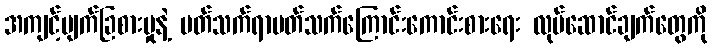
အကျင့်ပျက်ခြစားမှုနဲ့ ပတ်သက်ရာပတ်သက်ကြောင်းကောင်းစားရေး လုပ်ဆောင်ချက်တွေကို